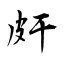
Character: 皯